Report on sanitation, dispensaries, and jails in Rajputana for 1913, and on vaccination for the year 1913-1914 - 1913-1914
Year: 1913
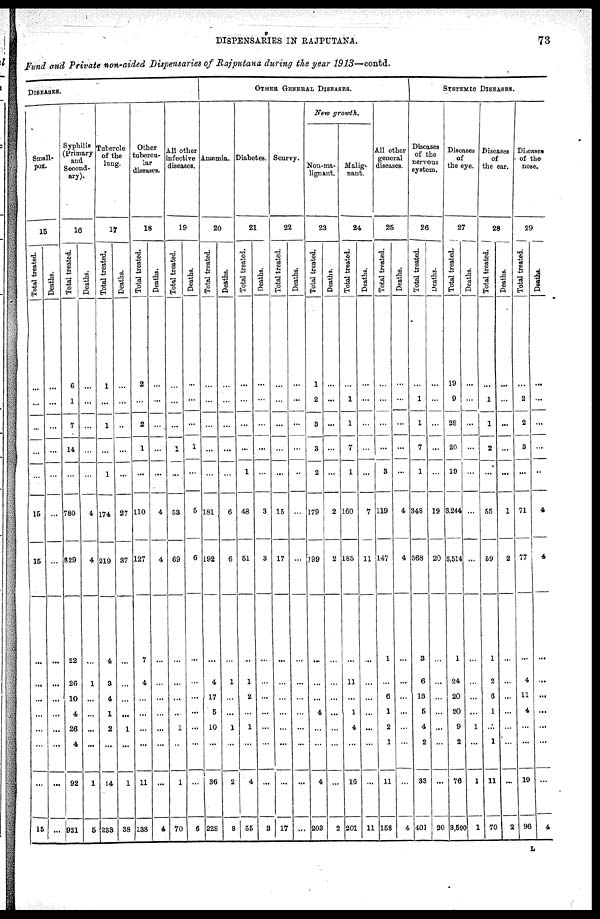
DISPENSARIES IN RAJPUTANA.
73
Fund and Private non-aided Dispensaries of Rajputana during the year 1913—contd.
DISEASES.
Small-
pox.
15
Total treated.
...
...
...
...
...
15
15
...
...
...
...
...
...
...
15
Deaths.
...
...
...
...
...
...
...
...
...
...
...
...
...
...
...
Syphilis
(Primary
and
Second-
ary).
16
Total treated.
6
1
7
14
...
780
829
22
26
10
4
26
4
92
921
Deaths.
...
...
...
...
...
4
4
...
1
...
...
...
...
1
5
Tubercle
of the
lung.
17
Total treated.
1
...
1
...
1
174
219
4
3
4
1
2
...
14
233
Deaths.
...
...
...
...
...
27
37
...
...
...
...
1
...
1
38
Other
tubercu-
lar
diseases.
18
Total treated.
2
...
2
1
...
110
127
7
4
...
...
...
...
11
138
Deaths.
...
...
...
...
...
4
4
...
...
...
...
...
...
...
4
All other
infective
diseases.
19
Total treated.
...
...
...
1
...
53
69
...
...
...
...
1
...
1
70
Deaths.
...
...
...
1
...
5
6
...
...
...
...
...
...
...
6
OTHER GENERAL DISEASES.
Anæmia.
20
Total treated.
...
...
...
...
...
181
192
...
4
17
5
10
...
36
228
Deaths.
...
...
...
...
...
6
6
...
1
...
...
1
...
2
8
Diabetes.
21
Total treated.
...
...
...
...
1
48
51
...
1
2
...
1
...
4
55
Deaths.
...
...
...
...
...
3
3
...
...
...
...
...
...
...
3
Scurvy.
22
Total treated.
...
...
...
...
...
15
17
...
...
...
...
...
...
...
17
Deaths.
...
...
...
...
...
...
...
...
...
...
...
...
...
...
...
New growth.
Non-ma-
lignant.
23
Total treated.
...
2
3
3
2
179
199
...
...
...
4
...
...
4
203
Deaths.
...
...
...
...
...
2
2
...
...
...
...
...
...
...
2
Malig-
nant.
24
Total treated.
...
1
1
7
1
160
185
...
11
...
1
4
...
16
201
Deaths.
...
...
...
...
...
7
11
...
...
...
...
...
...
...
11
All other
general
diseases.
25
Total treated.
...
...
...
...
3
119
147
1
...
6
1
2
1
11
158
Deaths.
...
...
...
...
...
4
4
...
...
...
...
...
...
...
4
SYSTEMIC DISEASES.
Diseases
of the
nervous
system.
26
Total treated.
...
1
1
7
1
348
368
3
6
13
5
4
2
33
401
Deaths.
...
...
...
...
...
19
20
...
...
...
...
...
...
...
20
Diseases
of
the eye.
27
Total treated.
19
9
28
20
19
3,244
3,514
1
24
20
20
9
2
76
3,590
Deaths.
...
...
...
...
...
...
...
...
...
...
...
1
...
1
1
Diseases
of
the ear.
28
Total treated.
...
1
1
2
...
55
59
1
2
6
1
...
1
11
70
Deaths.
...
...
...
...
...
1
2
...
...
...
...
...
...
...
2
Diseases
of the
nose.
29
Total treated.
...
2
2
3
...
71
77
...
4
11
4
...
...
19
96
Deaths.
...
...
...
...
...
4
4
...
...
...
...
...
...
...
4
L